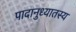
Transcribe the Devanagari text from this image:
पादानुध्यातस्य